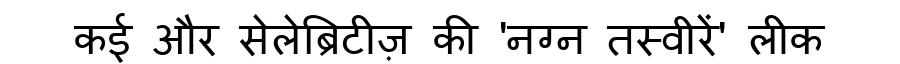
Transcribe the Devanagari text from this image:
कई और सेलेब्रिटीज़ की 'नग्न तस्वीरें' लीक